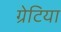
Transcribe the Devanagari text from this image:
ग्रेटिया